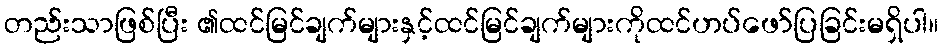
တည်းသာဖြစ်ပြီး ၏ထင်မြင်ချက်များနှင့်ထင်မြင်ချက်များကိုထင်ဟပ်ဖော်ပြခြင်းမရှိပါ။